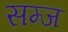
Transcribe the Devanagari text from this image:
सम्ज